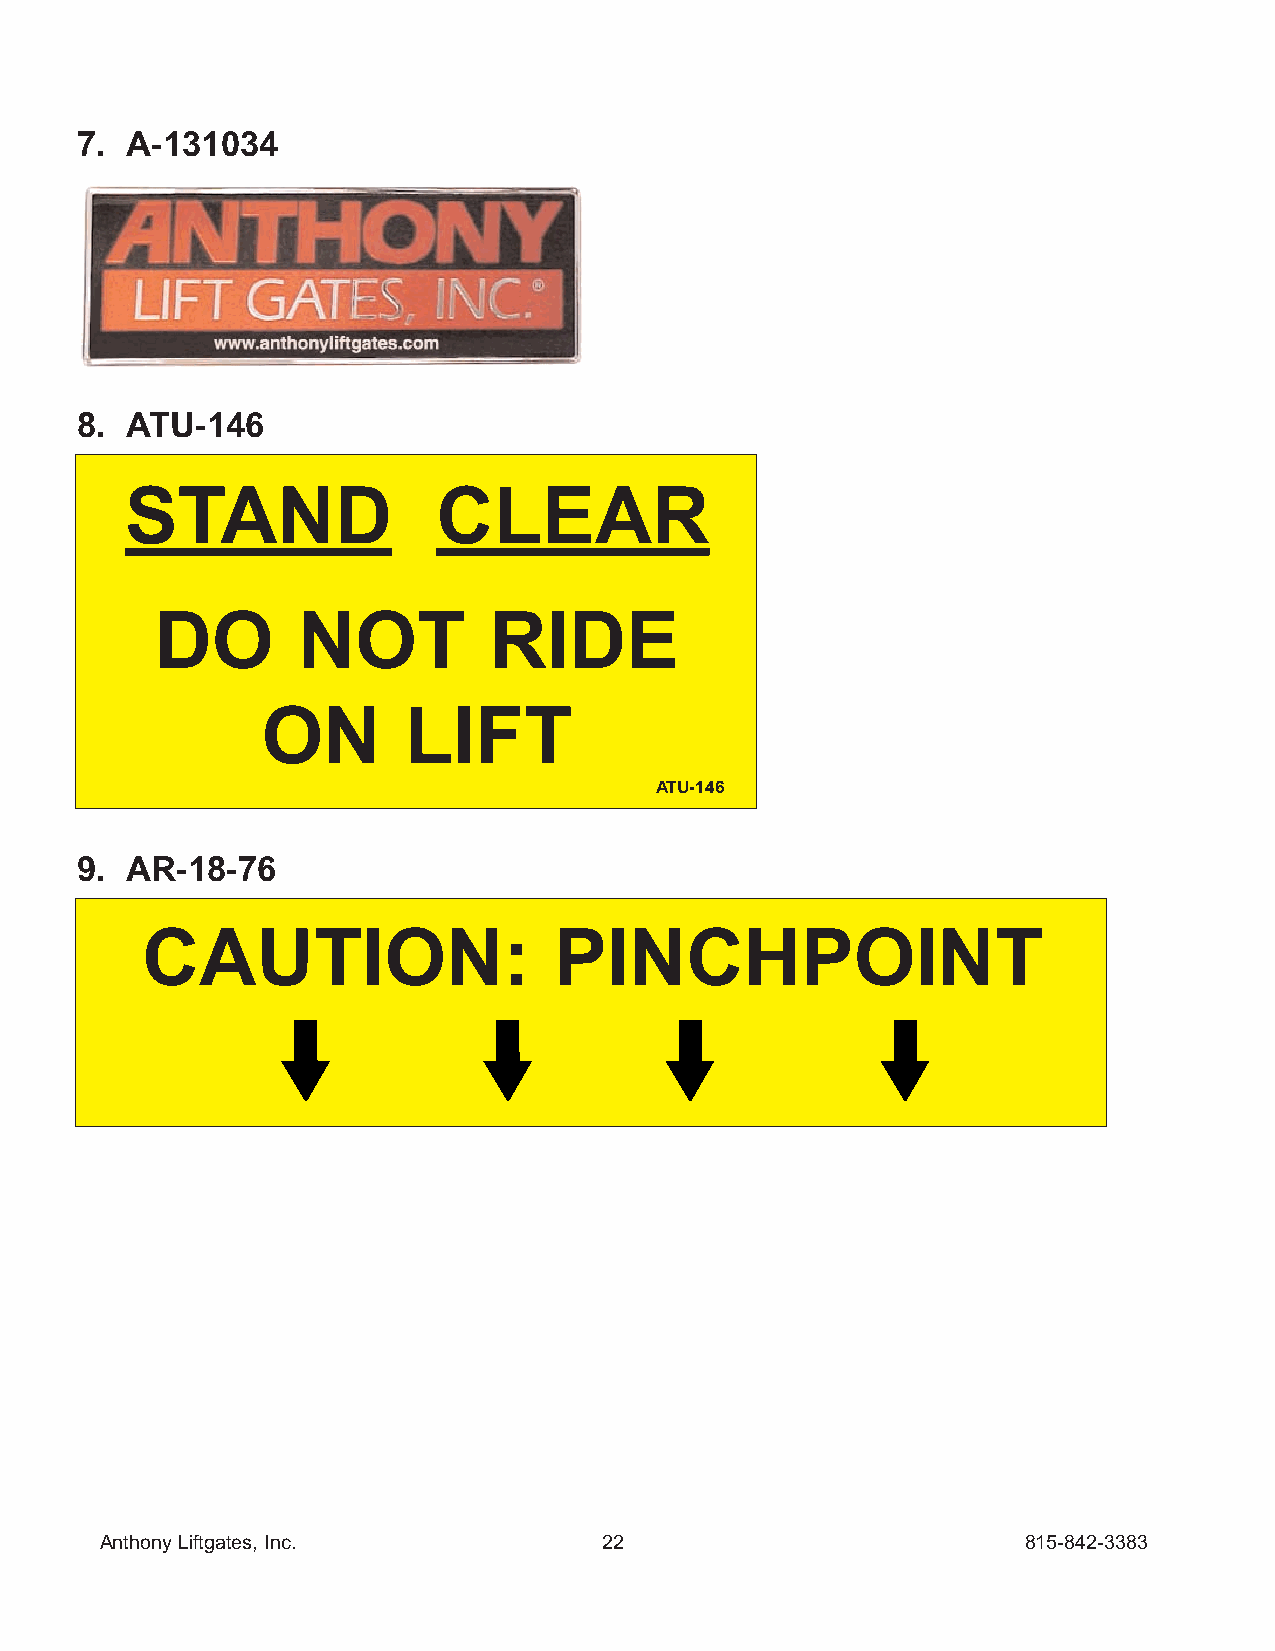
7. A-131034
 8. ATU-146
 STAND                CLEAR
 DO        NOT         RIDE
 ON        LIFT
 ATU-146
 9. AR-18-76
 CAUTION:                    PINCHPOINT
 Anthony Liftgates, Inc.          22                          815-842-3383